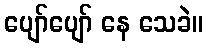
ပျော်ပျော် နေ သေခဲ။